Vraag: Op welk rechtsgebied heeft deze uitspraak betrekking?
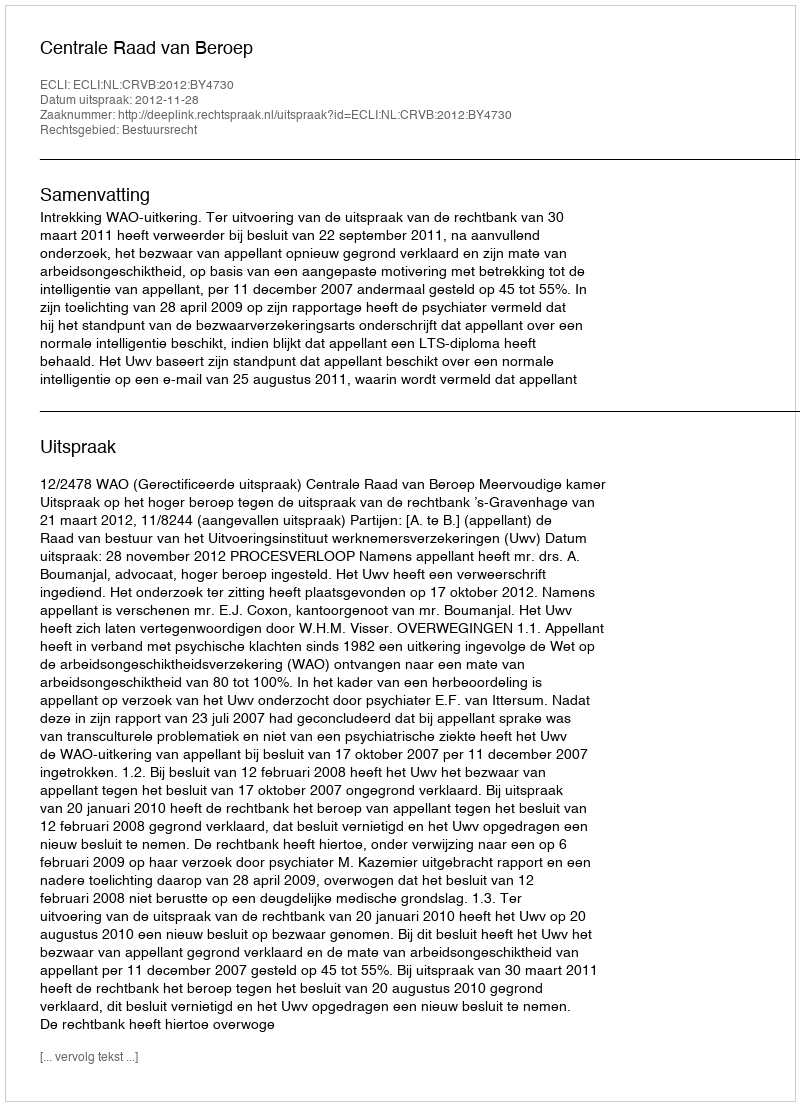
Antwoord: Bestuursrecht